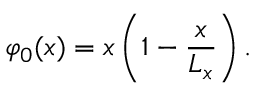
\varphi _ { 0 } ( x ) = x \left( 1 - \frac { x } { L _ { x } } \right) .